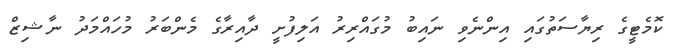
ކޮމެޓީގެ ރިޔާސަތުގައި އިންނެވި ނައިބު މުގައްރިރު އަލިފުށީ ދާއިރާގެ މެންބަރު މުހައްމަދު ނާޝިޒް